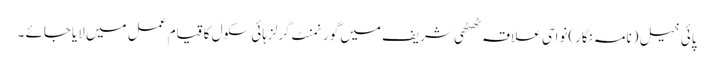
پائی خیل (نامہ نگار)نواحی علاقہ ٹھٹھی شریف میں گورنمنٹ گرلزہائی سکول کا قیام عمل میں لایاجائے ۔